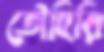
তৌহিরি